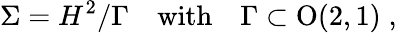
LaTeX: \Sigma=H^{2}/\Gamma{\quad}\mathrm{{with\quad}\Gamma\subset O(2,1)\; ,}